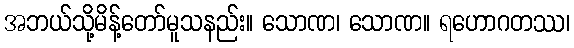
အဘယ်သို့မိန့်တော်မူသနည်း။ သောဏ၊ သောဏ။ ရဟောဂတဿ၊